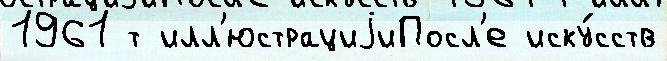
1961 т илл'юстрациjиПосл'е иску́сств